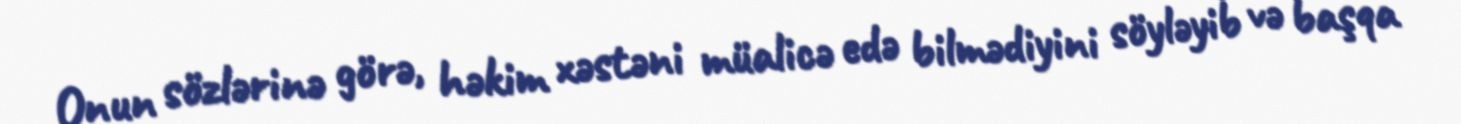
Onun sözlərinə görə, həkim xəstəni müalicə edə bilmədiyini söyləyib və başqa